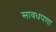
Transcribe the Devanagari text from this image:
सावधपणा